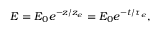
E = E _ { 0 } e ^ { - z / z _ { e } } = E _ { 0 } e ^ { - t / { \tau } _ { e } } ,